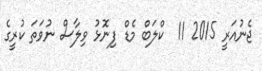
ޖެނުއަރީ 2015 11  ކްލަބް މެޑް ފިނޮޅު ވިލާސް ނުވަތަ ކުރީގެ